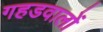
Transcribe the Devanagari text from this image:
गहडवालों